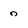
Character: o